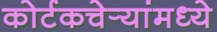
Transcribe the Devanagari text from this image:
कोर्टकचेर्‍यांमध्ये